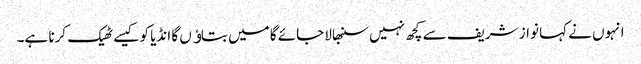
انہوں نے کہا نواز شریف سے کچھ نہیں سنبھالا جائے گا میں بتاﺅں گا انڈیا کو کیسے ٹھیک کرنا ہے۔